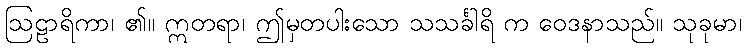
ဩဠာရိကာ၊ ၏။ ဣတရာ၊ ဤမှတပါးသော သသင်္ခါရိ က ဝေဒနာသည်။ သုခုမာ၊